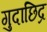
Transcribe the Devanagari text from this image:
गुदाछिद्र